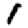
Digit: 1